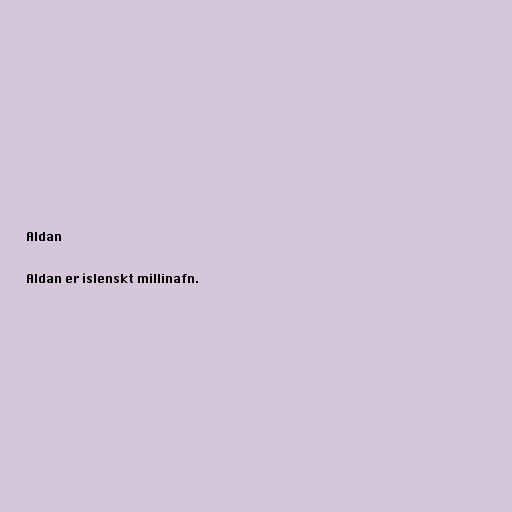
Aldan

Aldan er íslenskt millinafn.